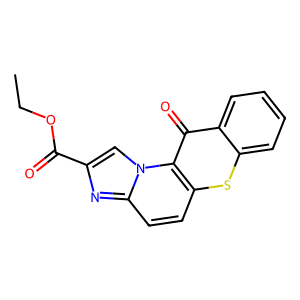
SMILES: CCOC(=O)c1cn2c(ccc3sc4ccccc4c(=O)c32)n1
Inhibits HIV replication: No